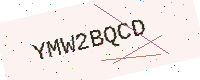
Text: YMW2BQCD